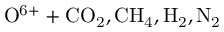
\mathrm { O ^ { 6 + } + C O _ { 2 } , C H _ { 4 } , H _ { 2 } , N _ { 2 } }